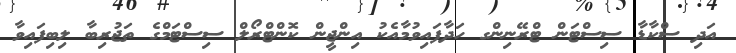
އަދި ސްކާޑާ ސިސްޓަން ޓްރޭނިންގ ހަދާފައިވުމާއެކު އިންޖީން ކޮންޓްރޯލް ސިސްޓަމްގެ ތަޖުރިބާ ލިބިފައިވާ